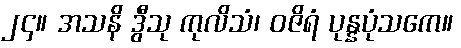
၂၄။ အသနိ ဒွီသု ကုလိသံ၊ ဝဇိရံ ပုန္နပုံသကေ။